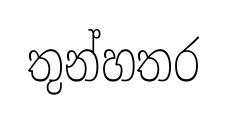
තුන්හතර